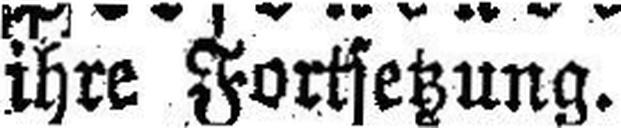
ihre Fortsetzung.